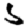
Digit: 5